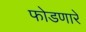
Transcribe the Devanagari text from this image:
फोडणारे